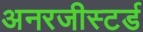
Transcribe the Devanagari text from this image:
अनरजीस्टर्ड